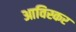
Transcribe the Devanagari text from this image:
आविस्कर